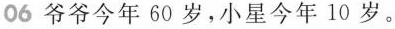
06爷爷今年60岁，小星今年10岁。